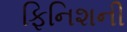
ફિનિશની